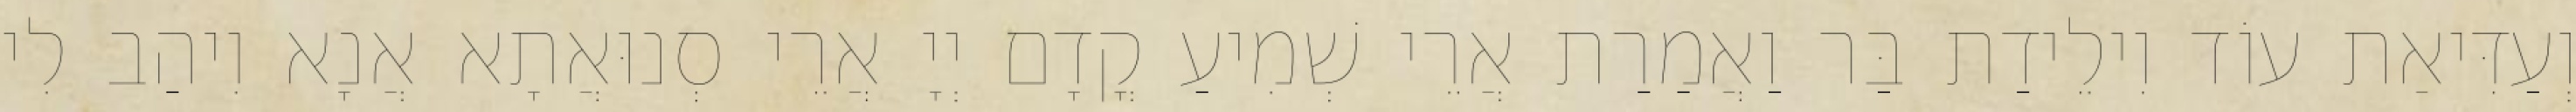
וְעַדִּיאַת עוֹד וִילֵידַת בַּר וַאֲמַרַת אֲרֵי שְׁמִיעַ קֳדָם יְיָ אֲרֵי סְנוּאֲתָא אֲנָא וִיהַב לִי